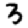
Digit: 3